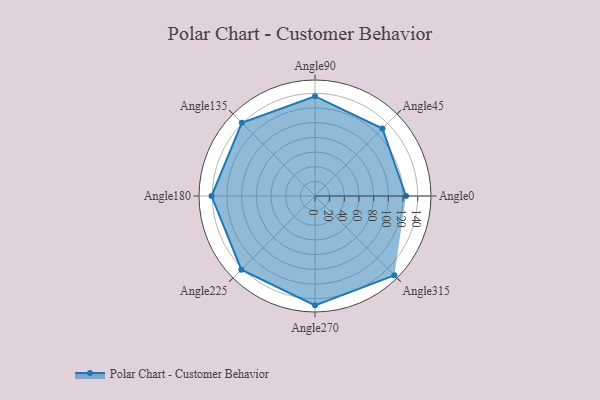
{"axis": {"x": "Angle", "y": "Radius"}, "legend": [""], "data": [{"x": "Angle0", "y": 124.0, "type": ""}, {"x": "Angle45", "y": 130.0, "type": ""}, {"x": "Angle90", "y": 136.0, "type": ""}, {"x": "Angle135", "y": 141.0, "type": ""}, {"x": "Angle180", "y": 141.0, "type": ""}, {"x": "Angle225", "y": 142.0, "type": ""}, {"x": "Angle270", "y": 149.0, "type": ""}, {"x": "Angle315", "y": 153.0, "type": ""}]}